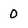
Character: 0